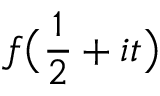
f { \bigl ( } { \frac { 1 } { 2 } } + i t { \bigr ) }